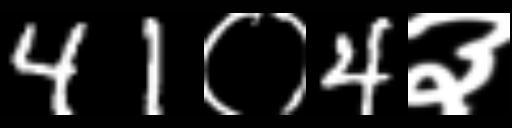
Text: 41०4३